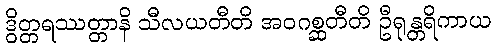
ဒွိတ္တရဿတ္တာနိ သီလယတီတိ အဝဂစ္ဆတီတိ ဦရုန္တရိကာယ